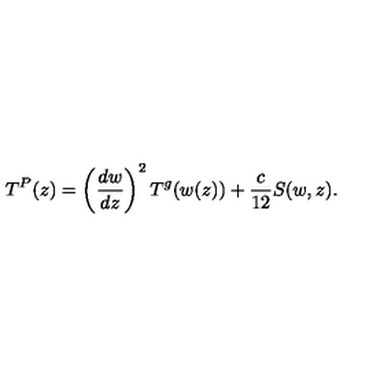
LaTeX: T ^ { P } ( z ) = \left( \frac { d w } { d z } \right) ^ { 2 } T ^ { g } ( w ( z ) ) + \frac { c } { 1 2 } S ( w , z ) .